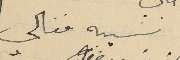
نسيبه فغالي